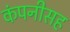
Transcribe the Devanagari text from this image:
कंपनीसह